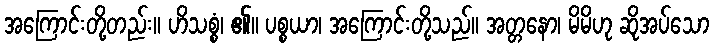
အကြောင်းတို့တည်း။ ဟိသစ္စံ၊ ၏။ ပစ္စယာ၊ အကြောင်းတို့သည်။ အတ္တနော၊ မိမိဟု ဆိုအပ်သော